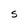
Character: S